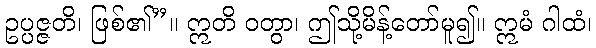
ဥပ္ပဇ္ဇတိ၊ ဖြစ်၏”။ ဣတိ ဝတွာ၊ ဤသို့မိန့်တော်မူ၍။ ဣမံ ဂါထံ၊